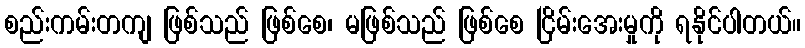
စည်းကမ်းတကျ ဖြစ်သည် ဖြစ်စေ၊ မဖြစ်သည် ဖြစ်စေ ငြိမ်းအေးမှုကို ရနိုင်ပါတယ်။